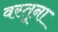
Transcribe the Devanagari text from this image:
वस्तूना